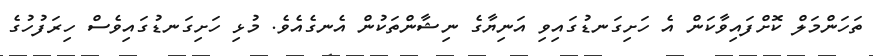
ތަހަންމަލް ކޮށްފައިވާކަން އެ ހަށިގަނޑުގައިވި އަނިޔާގެ ނިޝާންތަކުން އެނގެއެވެ. މުޅި ހަށިގަނޑުގައިވެސް ހިރަފުހުގެ